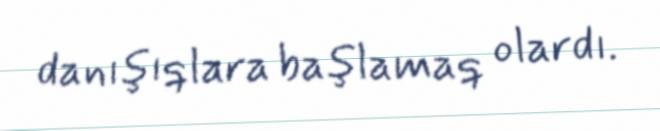
danışıqlara başlamaq olardı.